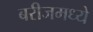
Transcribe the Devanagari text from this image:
बरीजमध्ये